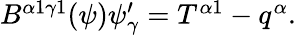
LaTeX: \begin{array}{r}{B^{\alpha 1\gamma 1}(\psi)\psi_{\gamma}^{\prime}=T^{\alpha 1}-q^{\alpha}.}\end{array}